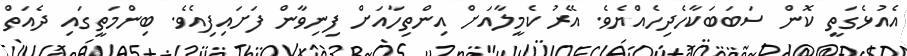
އެއުޅެގަތީ ކޮން ސަބަބަކާހެދިހެއްޔެވެ. އޭރު ކެމީލާއަށް އިންތިހާއަށް ފިނިވާން ފަށައިފިއެވެ. ބިންމަތީގައި ދެއަތް